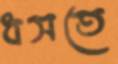
ধসতে